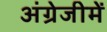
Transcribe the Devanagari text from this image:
अंग्रेजीमें